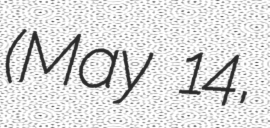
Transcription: (May 14,